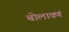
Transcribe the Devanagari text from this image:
बोलावणं